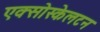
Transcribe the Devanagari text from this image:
एक्सोस्केलटन